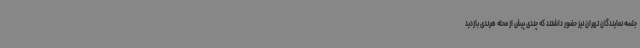
جلسه نمایندگان تهران نیز حضور داشتند که چندی پیش از محله هرندی بازدید